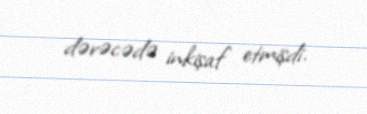
dərəcədə inkişaf etmişdi.